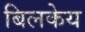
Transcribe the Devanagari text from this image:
बिलकेय